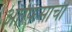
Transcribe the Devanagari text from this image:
ऑफिसाची